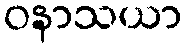
ဝနာသယာ